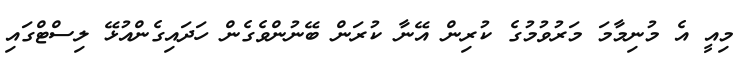
މިއީ އެ މުނިމާމަ މަރުވުމުގެ ކުރިން އޭނާ ކުރަން ބޭނުންވެގެން ހަދައިގެންއުޅޭ ލިސްޓްގައި